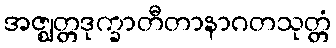
အဇ္ဈတ္တဒုက္ခာတီတာနာဂတသုတ္တံ